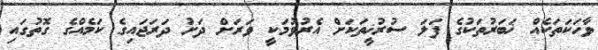
ވާހަކަތަކެއް ޚަބަރުތަކުގެ ފަލަ ސުރުޚީތަކަށް އެރުވުމަކީ ވަރަށް ދަށު ދަރަޖައިގެ ކަމެއްގެ ގޮތުގައި